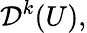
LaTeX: {\mathcal{D}}^{k}(U),